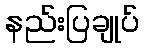
နည်းပြချုပ်